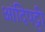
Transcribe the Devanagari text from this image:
आंदिपट्टी